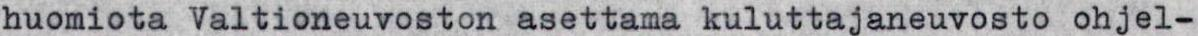
huomiota Valtioneuvoston asettama kuluttajaneuvosto ohjel-